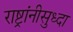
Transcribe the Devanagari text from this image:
राष्ट्रांनीसुध्दा